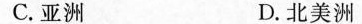
C.亚洲 D.北美洲